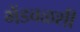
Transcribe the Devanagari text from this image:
भेंडवळशी